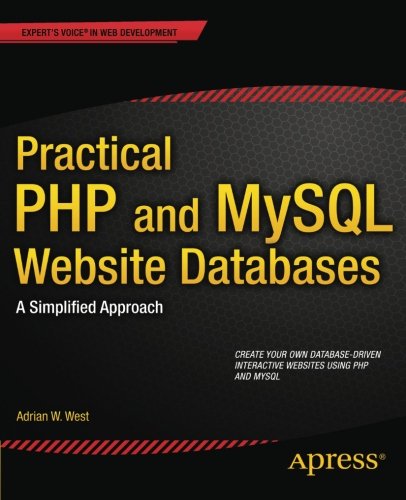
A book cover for Practical PHP and MySQL Website Databases: A Simplified Approach (Expert's Voice in Web Development); Adrian W. West; Computers & Technology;